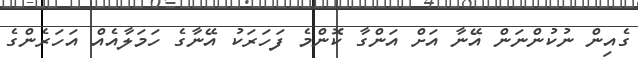
ގެއިން ނުކުންނަން އޭނާ އަށް އަންގާ ކޮންމެ ފަހަރަކު އޭނާގެ ހަމަލާއެއް އަހަރެންގެ